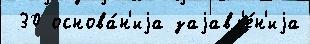
 30 основа́н'иjа заjавл'е́н'иjа